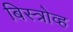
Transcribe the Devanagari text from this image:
बिस्त्रोव्ह